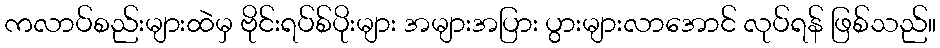
ကလာပ်စည်းများထဲမှ ဗိုင်းရပ်စ်ပိုးများ အများအပြား ပွားများလာအောင် လုပ်ရန် ဖြစ်သည်။